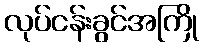
လုပ်ငန်းခွင်အကြို